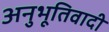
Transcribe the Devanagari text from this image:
अनुभूतिवादी